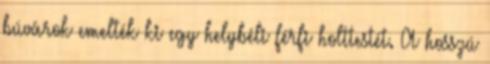
búvárok emelték ki egy helybéli férfi holttestét. A hosszú